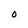
Character: 0